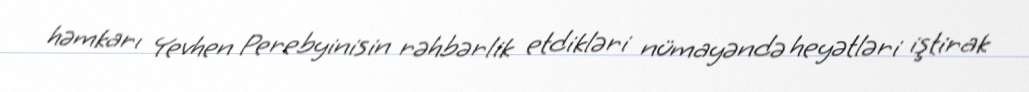
həmkarı Yevhen Perebyinisin rəhbərlik etdikləri nümayəndə heyətləri iştirak